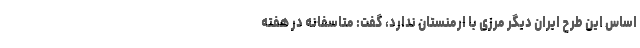
اساس این طرح ایران دیگر مرزی با ارمنستان ندارد، گفت: متاسفانه در هفته